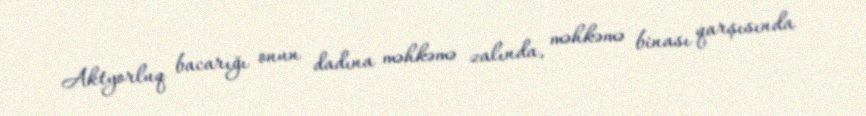
Aktyorluq bacarığı onun dadına məhkəmə zalında, məhkəmə binası qarşısında